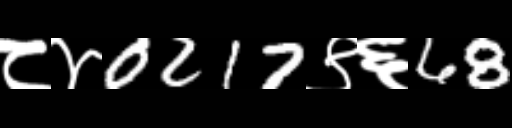
Text: ८४0217९६68